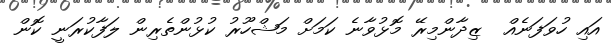
އައި ހުވަފަނެއް  ޒިދާންމިރޭ މޮޅުވާނެ ކަމަށް މަޝްހޫރު ކުޅުންތެރިން ލަފާކުރަނީ ކޮން